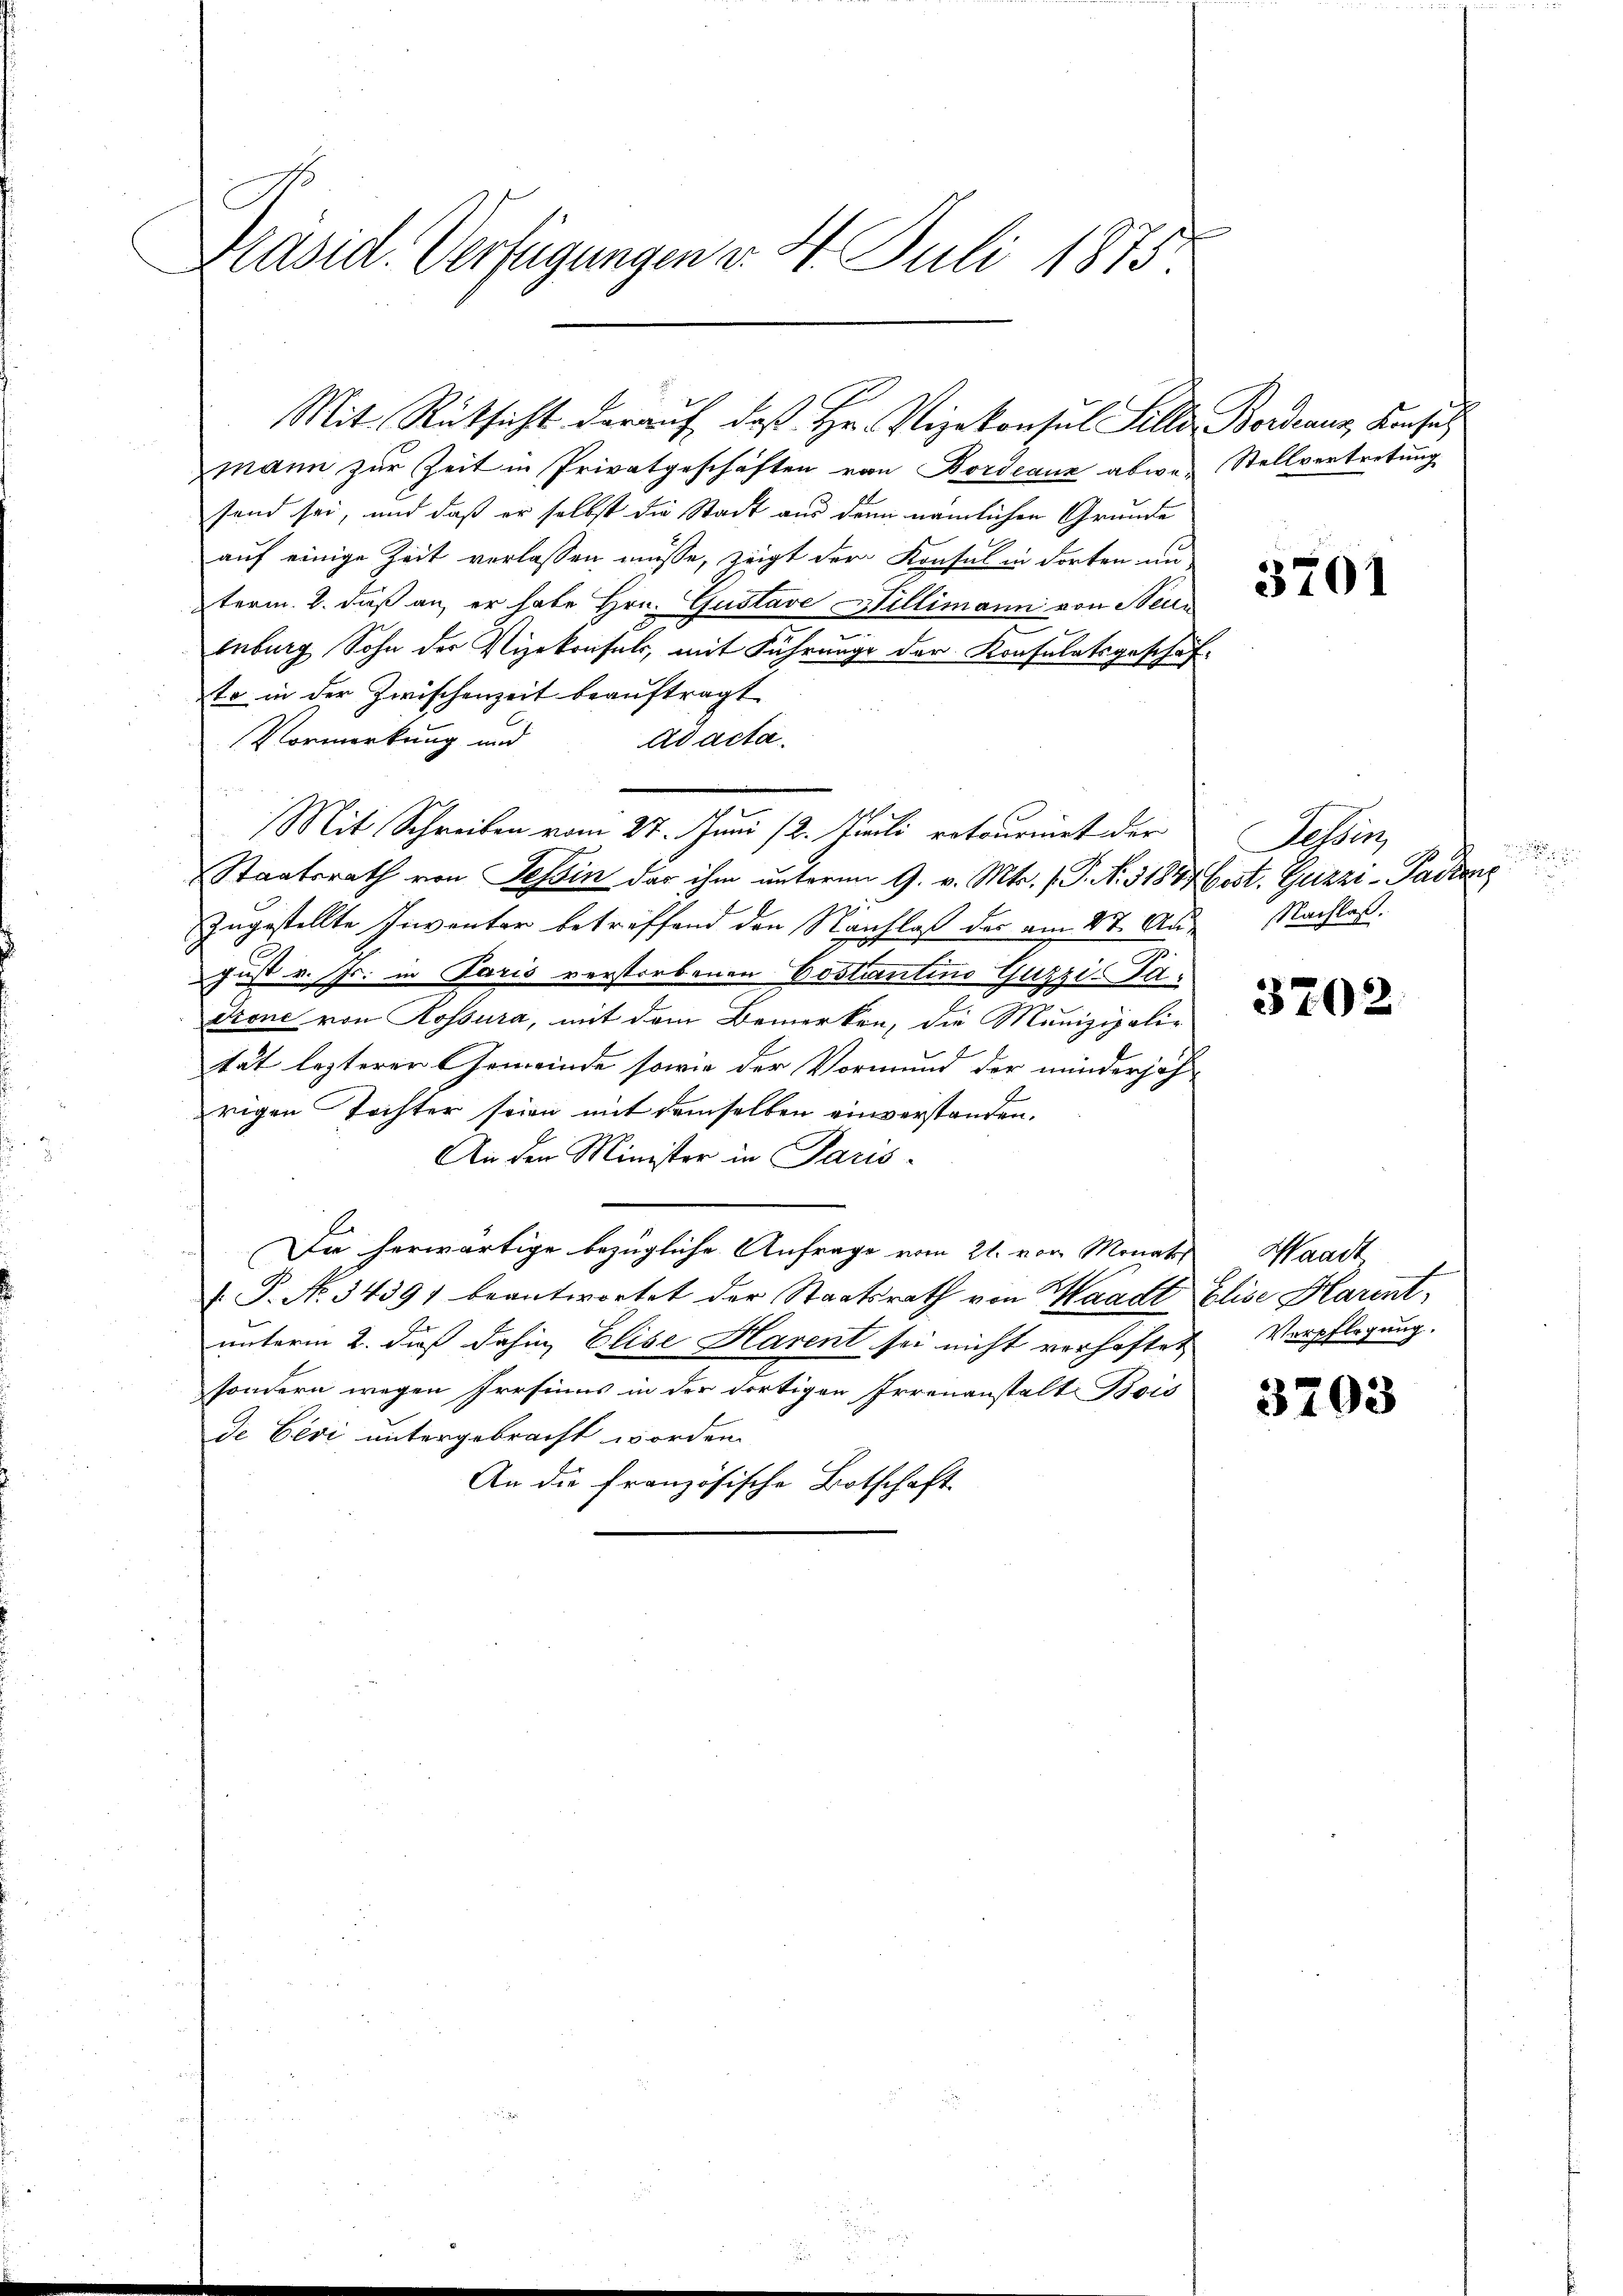
Präsid. Verfügungen v. 4. Juli 1875.

mann zur Zeit in Privatgeschäften von Bordeaux abwefand sei, und daß er selbst die Stadt aus den nämlichen Grunde
auf einige Zeit verlassen müsse, zeigt der Konsul in dorten un
term 8. daß an, er habe Hrn. Gustave Willimann von Stein
Enburg Sohn der Vizekonsuls, mit Führung der Konsulatsgeschäfto in der Zwischenzeit beauftragt
Vormerkung und
ad acta.
Mit Schreiben vom 27. Juni 12. Juli retourniert der
Staatsrath von Tessin das ihm unterm 9. v. Mts. 1. P. Nr. 51847 Cost. Guzzi - Padeng
zugestellte Inventar betreffend den Nachlaß der am 27. August v. Js. in Paris verstorbenen Costantino Guzzi-Padrone von Rossura, mit dem Bemerken, die Munizipalitat lezterer Gemeinde sowie der Vormund der minderjäh
rigen Tochter seien mit demselben einverstanden.
An den Minister in Paris-
Da herwärtige bezügliche Anfrage vom 21. von Monats
.P. No. 3439) beantwortet der Staatsrath von Waadt Elise Karnt,
unterm 2. daß dahin, Elise Harent sei nicht verhaftet
sondern wegen Irrsinns in der dortigen Irrenanstalt Bois
de Ceri untergebracht worden.
An die französische Botschaft

Mit Rücksicht darauf, daß Hr. Vizekonsul Silla Berdanus, Konsul

Stellvertretung

3701

Tessin,

Nachlaß.

3702.

Waadt
Verpflegung.

3203